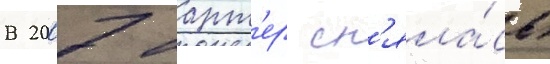
В 2007 ларт'ер сн'яла́сь